Burma Government Medical School reports 1907-22
Year: 1907
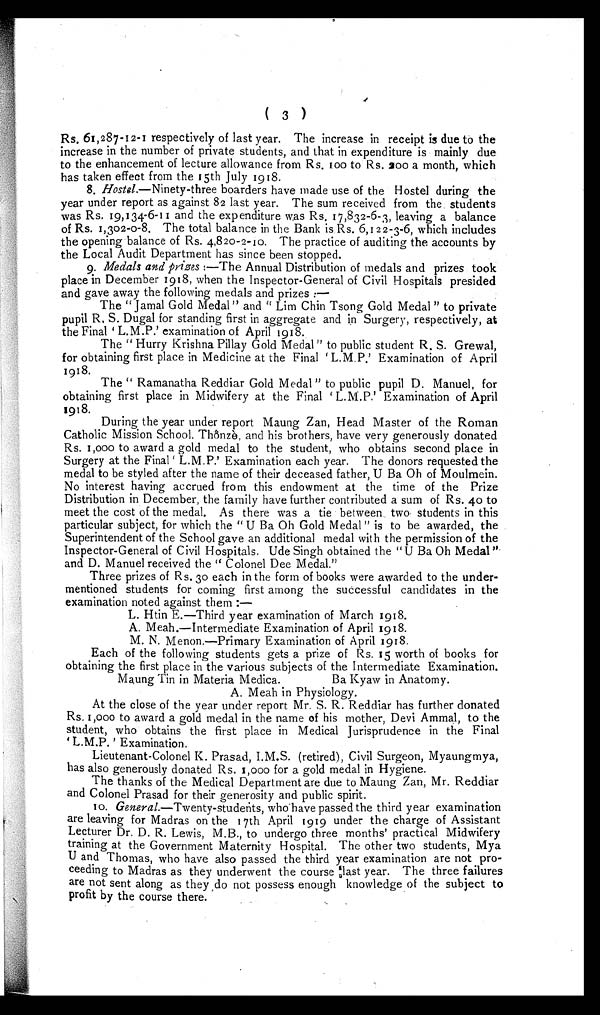
(3)
Rs. 61,287-12-1 respectively of last year. The increase in receipt is due to the
increase in the number of private students, and that in expenditure is mainly due
to the enhancement of lecture allowance from Rs. 100 to Rs. 200 a month, which
has taken effect from the 15th July 1918.
8.
Hostel. —Ninety-three boarders have made use of the Hostel during the
year under report as against 82 last year. The sum received from the students
was Rs. 19,134-6-11 and the expenditure was Rs. 17,832-6-3, leaving a balance
of Rs. 1,302-0-8. The total balance in the Bank is. Rs. 6,122-3-6, which includes
the opening balance of Rs. 4,820-2-10. The practice of auditing the accounts by
the Local Audit Department has since been stopped.
9.
Medals and prizes :—The Annual Distribution of medals and prizes took
place in December 1918, when the Inspector-General of Civil Hospitals presided
and gave away the following medals and prizes:—
The "Jamal Gold Medal" and "Lim Chin Tsong Gold Medal" to private
pupil R. S. Dugal for standing first in aggregate and in Surgery, respectively, at
t he Fi na l ' L. M. P. ' e xa mi na t i on of Apr i l 1918.
The "Hurry Krishna Pillay Gold Medal" to public student R. S. Grewal,
for obtaining first place in Medicine at the Final 'L.M.P.' Examination of April
1918.
The "Ramanatha Reddiar Gold Medal" to public pupil D. Manuel, for
obtaining first place in Midwifery at the Final 'L.M.P.' Examination of April
1918.
During the year under report Maung Zan, Head Master of the Roman
Catholic Mission School, Thônzè, and his brothers, have very generously donated
Rs. 1,000 to award a gold medal to the student, who obtains second place in
Surgery at the Final 'L.M.P.' Examination each year. The donors requested the
medal to be styled after the name of their deceased father, U Ba Oh of Moulmein.
No interest having accrued from this endowment at the time of the Prize
Distribution in December, the family have further contributed a sum of Rs. 40 to
meet the cost of the medal. As there was a tie between two students in this
particular subject, for which the "U Ba Oh Gold Medal" is to be awarded, the
Superintendent of the School gave an additional medal with the permission of the
Inspector-General of Civil Hospitals. Ude Singh obtained the "U Ba Oh Medal"
and D. Manuel received the "Colonel Dee Medal."
Three prizes of Rs. 30 each in the form of books were awarded to the under
-mentioned students for coming first among the successful candidates in the
examination noted against them:—
L. Htin E.—Third year examination of March 1918.
A. Meah.—Intermediate Examination of April 1918.
M. N. Menon.—Primary Examination of April 1918.
Each of the following students gets a prize of Rs. 15 worth of books for
obtaining the first place in the various subjects of the Intermediate Examination.
Maung Tin in Materia Medica.
Ba Kyaw in Anatomy.
A. Meah in Physiology.
At the close of the year under report Mr. S. R. Reddiar has further donated
Rs. 1,000 to award a gold medal in the name of his mother, Devi Ammal, to the
student, who obtains the first place in Medical Jurisprudence in the Final
'L.M.P' Examination.
Lieutenant-Colonel K. Prasad, I.M.S. (retired), Civil Surgeon, Myaungmya,
has also generously donated Rs. 1,000 for a gold medal in Hygiene.
The thanks of the Medical Department are due to Maung Zan, Mr. Reddiar
and Colonel Prasad for their generosity and public spirit.
10. General.—Twenty-students, who have passed the third year examination
are leaving for Madras on the 17th April 1919 under the charge of Assistant
Lecturer Dr. D. R. Lewis, M.B., to undergo three months' practical Midwifery
training at the Government Maternity Hospital. The other two students, Mya
U and Thomas, who have also passed the third year examination are not pro
-ceeding to Madras as they underwent the course last year. The three failures
are not sent along as they do not possess enough knowledge of the subject to
profit by the course there.